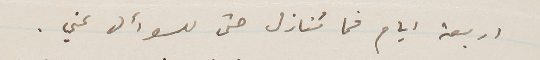
اربعة ايام فما تنازل حتى للسوأل عني.